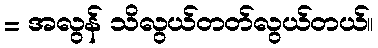
= အလွန် သိလွယ်တတ်လွယ်တယ်။